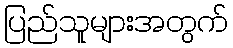
ပြည်သူများအတွက်